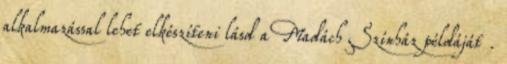
alkalmazással lehet elkészíteni lásd a Madách Színház példáját .